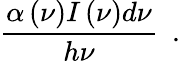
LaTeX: \frac{\alpha\left(\nu\right)I\left(\nu\right)d\nu}{h\nu}~~.